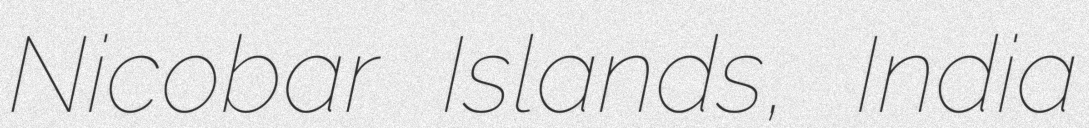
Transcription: Nicobar Islands, India